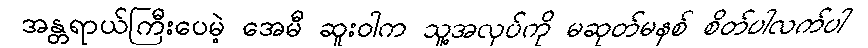
အန္တရာယ်ကြီးပေမဲ့ အေမီ ဆူးဝါက သူ့အလုပ်ကို မဆုတ်မနစ် စိတ်ပါလက်ပါ